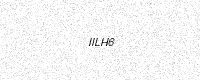
Text: IILH6